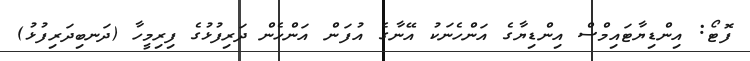
ފޮޓޯ: އިންޑިޔާޓައިމްސް އިންޑިޔާގެ އަންހެނަކު އޭނާގެ އުފަން އަންހެން ދަރިފުޅުގެ ފިރިމީހާ (ދަނބިދަރިފުޅު)